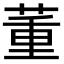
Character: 董